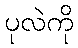
ပုလဲကို